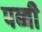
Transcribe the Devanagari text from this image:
पब्बी